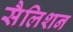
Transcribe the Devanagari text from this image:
सैलिशन